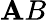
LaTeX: \mathbf{A}B